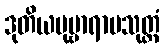
ဒုတိယပုဗ္ဗာရာမသုတ္တံ